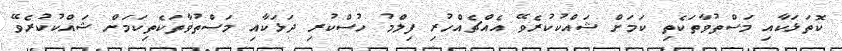
ކޮތަޅަކާއި މަސްތުވާތަކެތި ކަމަށް ޝައްކުކުރެވޭ އެއްޗެއްހުރި ފިލްމު ހުސްކުރި ދަޅަކާއި މަސްތުވާތަކެތިކަމަށް ޝައްކުކުރެވޭ